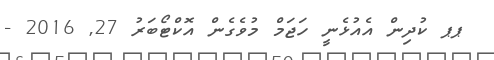
ޕޕ ކުދިން އެއުޅެނީ ހަޖަމް މުވެގެން އޮކްޓޯބަރު 27